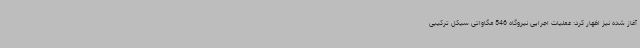
آغاز شده نیز اظهار کرد: عملیات اجرایی نیروگاه 546 مگاواتی سیکل ترکیبی